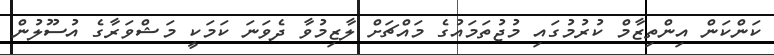
ކަންކަން އިންތިޒާމް ކުރުމުގައި މުޖުތަމައުގެ މައްޗަށް ލާޒިމުވާ ދެވަނަ ކަމަކީ މަޝްވަރާގެ އުސޫލުން